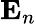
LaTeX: {\mathbf E}_{n}